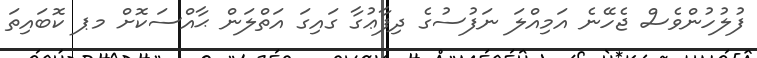
ފުލުހުންވެސް ޖެހޭނެ އަމިއްލަ ނަފުސުގެ ދިފާޢުގާ ގައިގަ އަތްލަން ޙާއްސަކޮށް މޕ ކޮބައިތަ